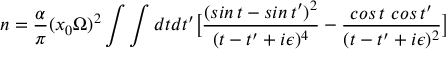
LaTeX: n = { \frac { \alpha } { \pi } } ( x _ { 0 } \Omega ) ^ { 2 } \int \int d t d t ^ { \prime } \bigl [ { \frac { ( s i n \, t - s i n \, t ^ { \prime } ) ^ { 2 } } { ( t - t ^ { \prime } + i \epsilon ) ^ { 4 } } } - { \frac { c o s \, t ~ c o s \, t ^ { \prime } } { ( t - t ^ { \prime } + i \epsilon ) ^ { 2 } } } \bigr ]